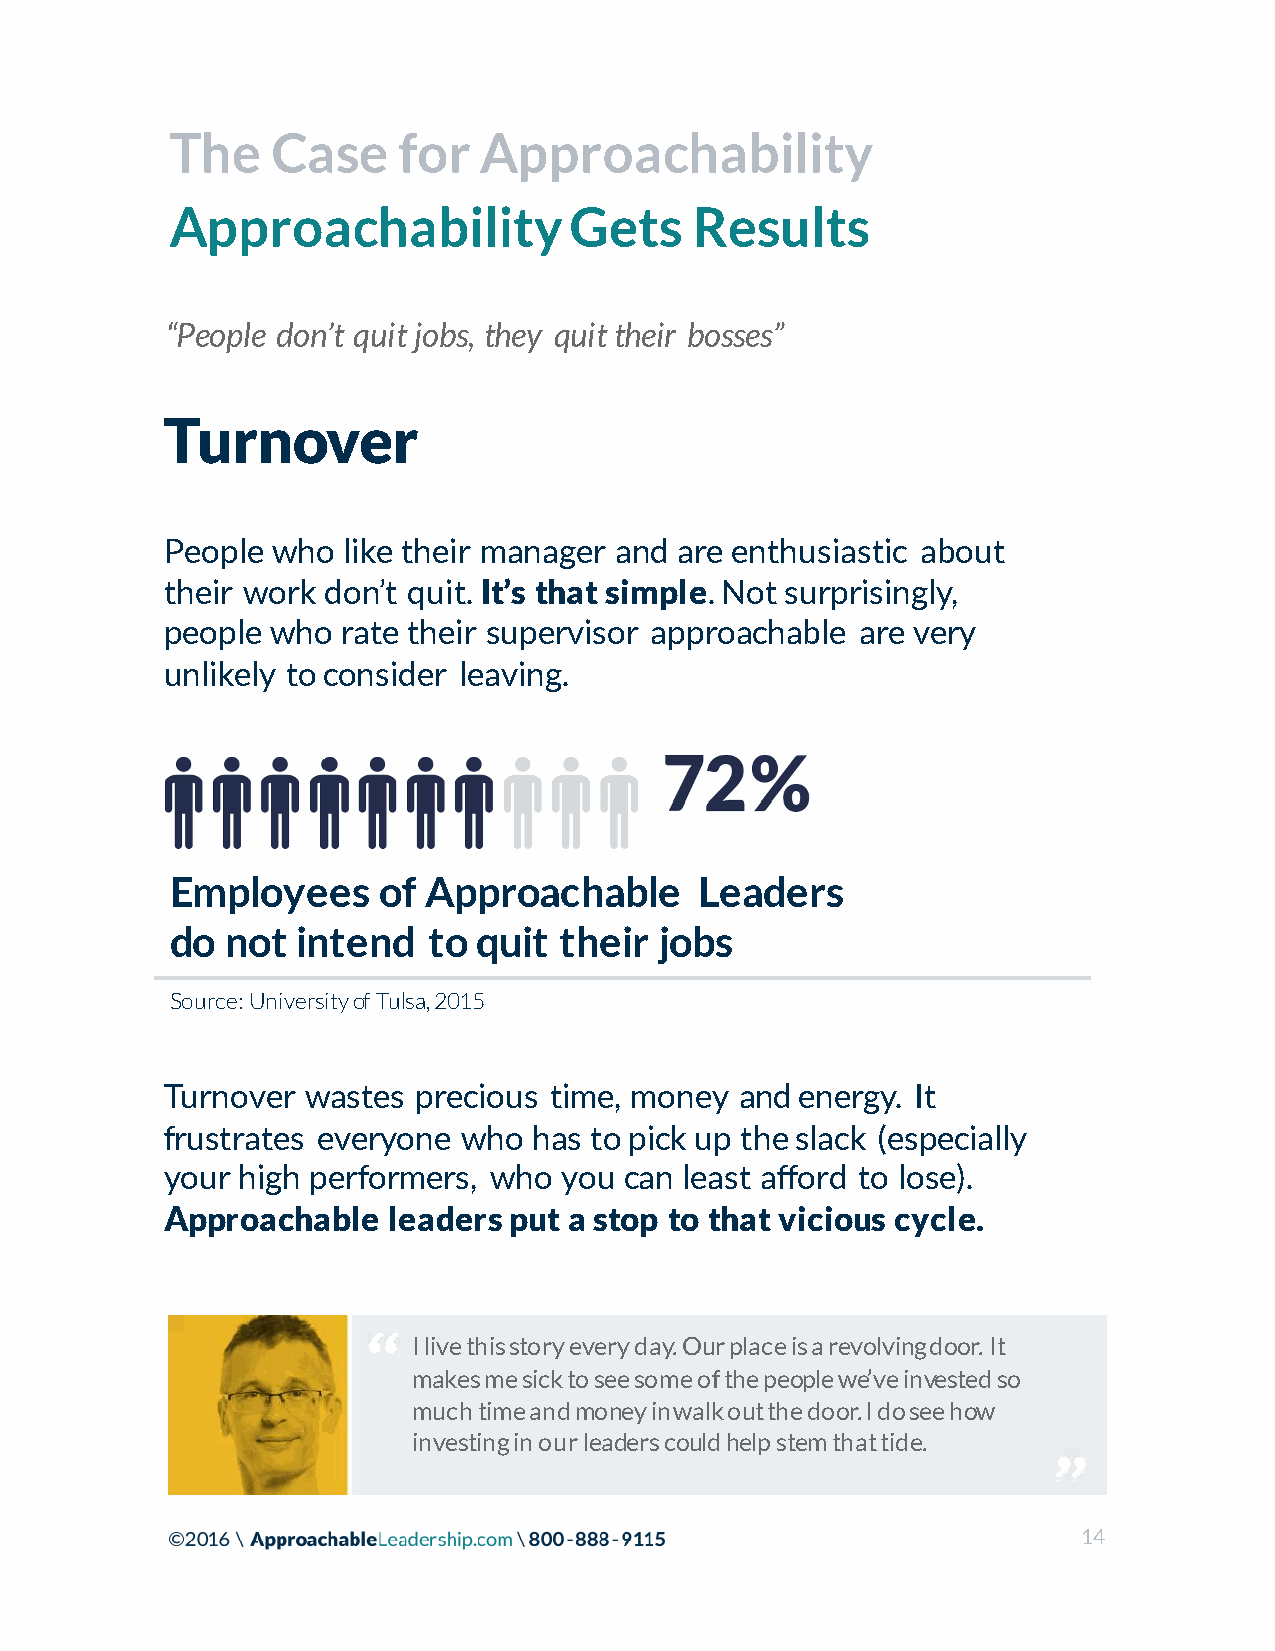
The    Case    for   Approachability
 Approachability            Gets    Results
 “People don’t quit jobs, they quit their bosses”
 Turnover
 People who  like their manager and are enthusiastic about
 their work don’t quit. It’s that simple. Not surprisingly,
 people who  rate their supervisor approachable are very
 unlikely to consider leaving.
 Employees     of Approachable      Leaders
 do  not  intend  to  quit their  jobs
 Source: University of Tulsa, 2015
 Turnover wastes  precious time, money and energy. It
 frustrates everyone who has to pick up the slack (especially
 your high performers, who you can least afford to lose).
 Approachable   leaders put a stop to that vicious cycle.
 I live this story every day. Our place is a revolving door. It
 makes me sick to see some of the people we’ve invested so
 much time and money in walk out the door. I do see how
 investing in our leaders could help stem that tide.
 14